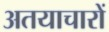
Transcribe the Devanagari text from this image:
अतयाचारों